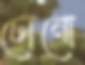
টোনো